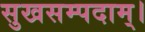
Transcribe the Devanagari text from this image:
सुखसम्पदाम्‌।